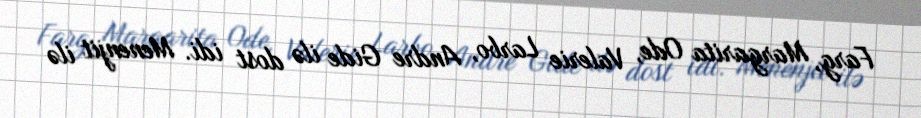
Farg, Margarita Ode, Valerie Larbo, Andre Gide ilə dost idi. Menenjit ilə